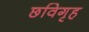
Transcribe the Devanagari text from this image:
छविगृह